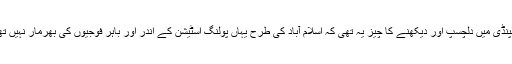
راولپنڈی میں دلچسپ اور دیکھنے کا چیز یہ تھی کہ اسلام آباد کی طرح یہاں پولنگ اسٹیشن کے اندر اور باہر فوجیوں کی بھرمار نہیں تھی ۔